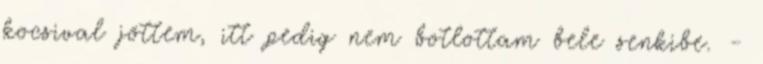
kocsival jöttem, itt pedig nem botlottam bele senkibe. -